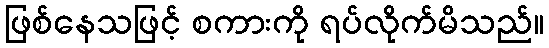
ဖြစ်နေသဖြင့် စကားကို ရပ်လိုက်မိသည်။